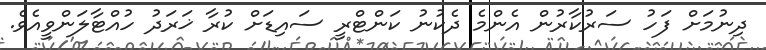
ދިނުމަށް ފަހު ސަރުކާރުން އެންމެ ދެކުނު ކަންޓްރީ ސައިޑަށް ކުރާ ޚަރަދު ހުއްޓާލަންވީއެވެ.